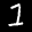
Label: 1